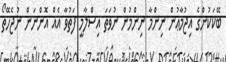
ބޭކަކުންގެ އިޖުމާޢުން ނިންމާ ނިންމުން ނުވަތަ އިސްލާމީ ފަތުވާ އެއް އޮންނަން ނުޖެހޭތޯ